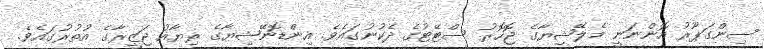
ސިންގަޕޫރު އޮންނަނީ މެލޭޝިޔާގެ ޖޮހޮރު ސްޓޭޓުގެ ދެކުނުގައެވެ. އިންޑޮނޭޝިޔާގެ ރިޔާއު ޖަޒީރާގެ އުތުރުގައެވެ.